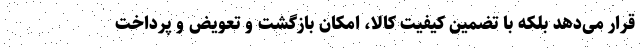
قرار می‌دهد بلکه با تضمین کیفیت کالا، امکان بازگشت و تعویض و پرداخت